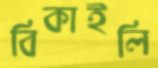
বিকাইলি